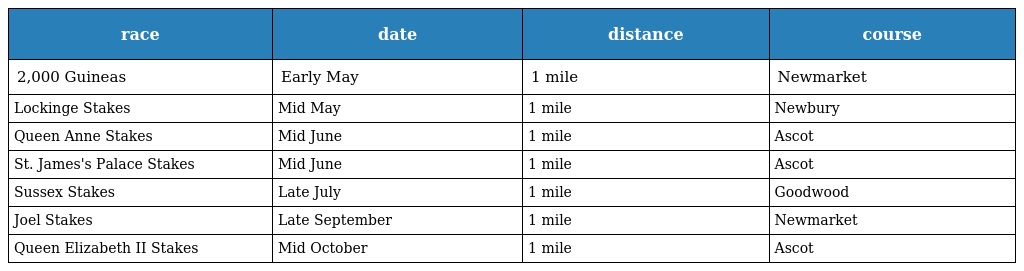
| race | date | distance | course |
 | --- | --- | --- | --- |
 | 2,000 Guineas | Early May | 1 mile | Newmarket |
 | Lockinge Stakes | Mid May | 1 mile | Newbury |
 | Queen Anne Stakes | Mid June | 1 mile | Ascot |
 | St. James's Palace Stakes | Mid June | 1 mile | Ascot |
 | Sussex Stakes | Late July | 1 mile | Goodwood |
 | Joel Stakes | Late September | 1 mile | Newmarket |
 | Queen Elizabeth II Stakes | Mid October | 1 mile | Ascot |